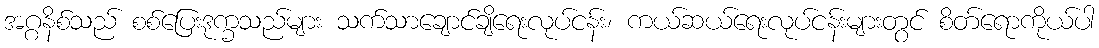
အဂ္ဂနိစ်သည် စစ်ပြေးဒုက္ခသည်များ သက်သာချောင်ချိရေးလုပ်ငန်း၊ ကယ်ဆယ်ရေးလုပ်ငန်းများတွင် စိတ်ရောကိုယ်ပါ